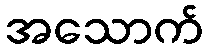
အသောက်